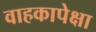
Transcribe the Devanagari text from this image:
वाहकापेक्षा